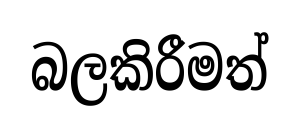
බලකිරීමත්